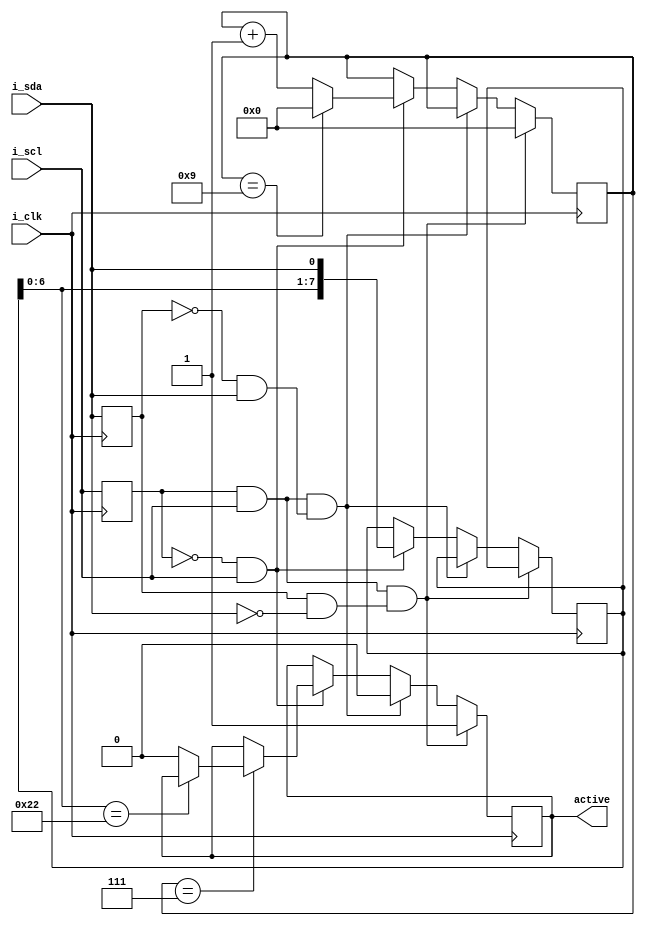

module i2c(i_clk, i_scl, i_sda, active);
	
	input i_clk;
	input i_scl;
	input i_sda;
	output active;

	wire scl, sda;
	reg prev_scl, prev_sda;
	reg active = 0;
	reg [7:0] rx_data = 0;
	reg [5:0] rx_bit_num;
	reg address_ok;
		
	wire scl_high;
	wire scl_low;
	wire scl_rise;
	wire scl_fall;
	
	wire sda_high;
	wire sda_low;
	wire sda_rise;
	wire sda_fall;
	
	wire start_condition;
	wire stop_condition;
	wire o_ack;
		

	assign scl = i_scl;
	assign sda = i_sda;
		
	always @ (posedge i_clk) begin
		prev_scl <= #1 scl;
		prev_sda <= #1 sda;
	end

	
	/*
	 * Some signals describing the state transitions for the scl
	 * and sda lines
	 */
	 
	assign sda_high =  prev_sda &  sda;
	assign sda_low  = !prev_sda & !sda;
	assign sda_rise = !prev_sda &  sda;
	assign sda_fall =  prev_sda & !sda;

	assign scl_high =  prev_scl &  scl;
	assign scl_low  = !prev_scl & !scl;
	assign scl_rise = !prev_scl &  scl;
	assign scl_fall =  prev_scl & !scl;
	

	/* 
	 * I2C start and stop conditions
	 */
	 
	assign start_condition = scl_high & sda_fall;
	assign stop_condition  = scl_high & sda_rise;


	/* 
	 * Check for interesting conditions on the I2C bus
	 */
		
	always @ (posedge i_clk) begin

		if (start_condition) begin
			active <= #1 1;
			rx_bit_num <= #1 0;
			address_ok <= #1 0;
		end

		
		else if (stop_condition) begin
			active <= 0;
		end
		
		
		else if (scl_rise) begin
			
			/* Clock one bit of data into the receive register */
			
			rx_data <= #1 { rx_data[6:0] , sda };
			if (rx_bit_num == 9) rx_bit_num <= #1 0; else rx_bit_num <= #1 rx_bit_num + 1;
			
			/* If we received bit 7 and the address is not ours, go back to inactive state */
			
			if (rx_bit_num == 7) begin
				if (rx_data[6:0] == 7'h22) begin
					address_ok <= #1 1;
				end else begin
					active <= #1 0;
				end
			end
		end
			
	end

	assign o_ack = (rx_bit_num == 9) & active & scl & prev_scl;
	
endmodule

/*
 * End
 */